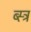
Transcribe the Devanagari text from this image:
ब्स्त्र